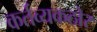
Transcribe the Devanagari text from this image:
कर्तव्यकठोर